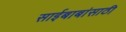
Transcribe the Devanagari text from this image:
साईबाबांसाठी